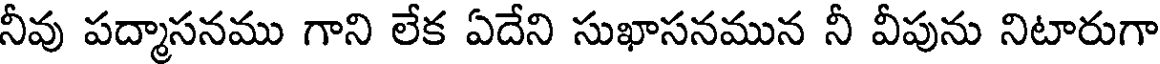
నీవు పద్మాసనము గాని లేక ఏదేని సుఖాసనమున నీ వీపును నిటారుగా